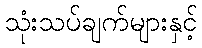
သုံးသပ်ချက်များနှင့်